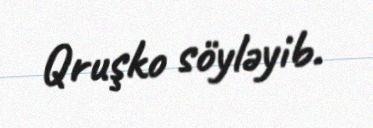
Qruşko söyləyib.